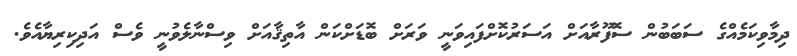
ދިމާވިކަމެއްގެ ސަބަބުން ސޮފޫރާއަށް އަސަރުކޮށްފައިވަނީ ވަރަށް ބޮޑަށްކަން އާތިޤާއަށް ވިސްނާލެވުނީ ވެސް އަދިކިރިޔާއެވެ.